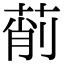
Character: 萷